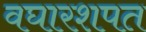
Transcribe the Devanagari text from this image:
वघारशपत